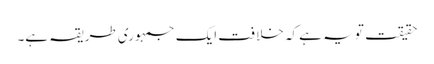
حقیقت تو یہ ہے کہ خلافت ایک جمہوری طریقہ ہے۔